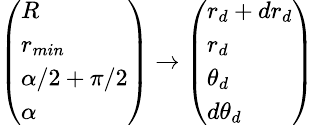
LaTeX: \small{\left(\begin{array}{l}{R}\\ {r_{min}}\\ {\alpha/2+\pi/2}\\ {\alpha}\end{array}\right)\to\left(\begin{array}{l}{r_{d}+dr_{d}}\\ {r_{d}}\\ {\theta_{d}}\\ {d\theta_{d}}\end{array}\right)}